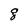
Character: g